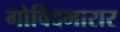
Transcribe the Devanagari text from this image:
गोविंदमारार